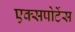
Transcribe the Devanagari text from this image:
एक्सपोर्टेस